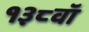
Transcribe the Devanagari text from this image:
१३८वॉ